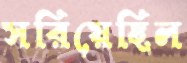
সরিয়েছিল